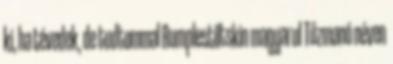
ki, ha tévedek, de tudtommal Rumplestiltskin magyarul Tűzmanó néven